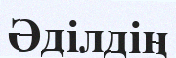
Әділдің